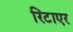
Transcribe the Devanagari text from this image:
रिटाएर